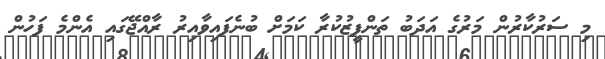
މި ސަރުކާރުން މަރުގެ އަދަބު ތަންފީޒުކުރާ ކަމަށް ބުނެފައިވާއިރު ރާއްޖޭގައި އެންމެ ފަހުން